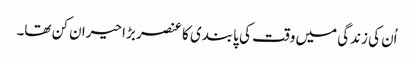
اُن کی زندگی میں وقت کی پابندی کا عنصر بڑا حیران کن تھا۔